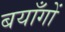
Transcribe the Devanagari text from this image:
बयाँगों